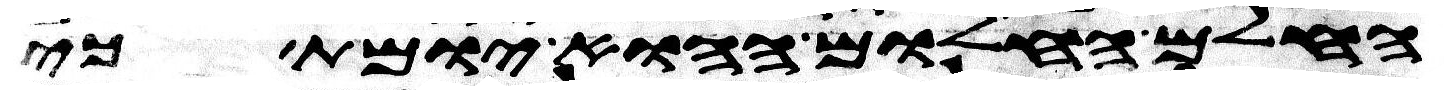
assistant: החלם החלום ההוא יומת כי